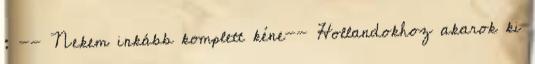
: -- Nekem inkább komplett kéne-- Hollandokhoz akarok ki